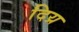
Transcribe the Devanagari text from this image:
दिय्र